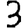
Digit: 3